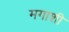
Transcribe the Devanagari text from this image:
मगाशी